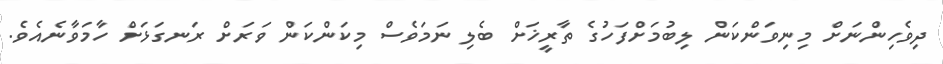
ދިވެހިންނަށް މިނިވަންކަން ލިބުމަށްފަހުގެ ތާރީޚަށް ބެލި ނަމަވެސް މިކަންކަން ވަރަށް ރަނގަޅަށް ހާމަވާނެއެވެ.